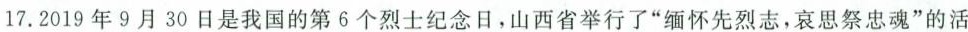
17.2019年9月30日是我国的第6个烈士纪念日，山西省举行了”缅怀先烈志，哀思祭忠魂”的活